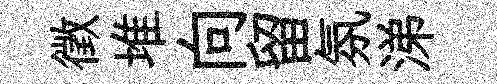
徵堆向留氛涕